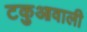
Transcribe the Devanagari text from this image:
टकुआवाली